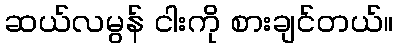
ဆယ်လမွန် ငါးကို စားချင်တယ်။